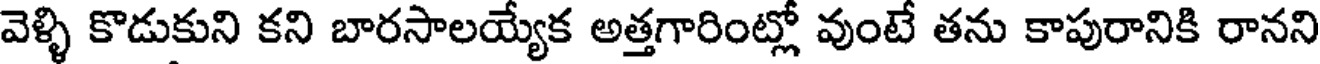
వెళ్ళి కొడుకుని కని బారసాలయ్యేక అత్తగారింట్లో వుంటే తను కాపురానికి రానని